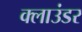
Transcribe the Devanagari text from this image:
क्लाउंडर